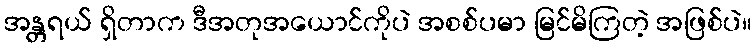
အန္တရယ် ရှိတာက ဒီအတုအယောင်ကိုပဲ အစစ်ပမာ မြင်မိကြတဲ့ အဖြစ်ပဲ။